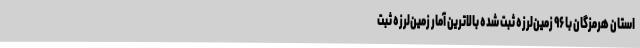
استان هرمزگان با ۹۶ زمین‌لرزه ثبت شده بالاترین آمار زمین‌لرزه ثبت